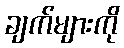
ချက်များကို